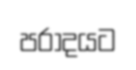
පරාදයට